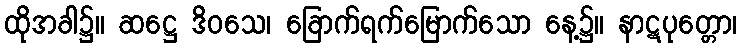
ထိုအခါ၌။ ဆဋ္ဌေ ဒိဝသေ၊ ခြောက်ရက်မြောက်သော နေ့၌။ နာဋပုတ္တော၊